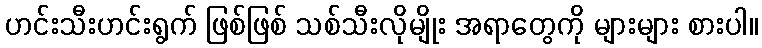
ဟင်းသီးဟင်းရွက် ဖြစ်ဖြစ် သစ်သီးလိုမျိုး အရာတွေကို များများ စားပါ။